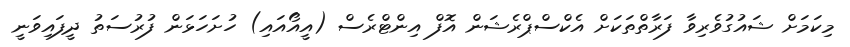
މިކަމަށް ޝައުގުވެރިވާ ފަރާތްތަކަށް އެކްސްޕްރެޝަން އޮފް އިންޓްރެސް (އީއޯއައި) ހުށަހަޅަން ފުރުސަތު ދީފައިވަނީ